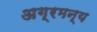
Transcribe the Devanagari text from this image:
अग्रमन्य